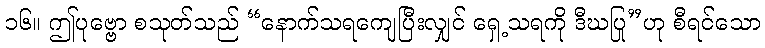
၁၆။ ဤပုဗ္ဗော စသုတ်သည် “နောက်သရကျေပြီးလျှင် ရှေ့သရကို ဒီဃပြု”ဟု စီရင်သော